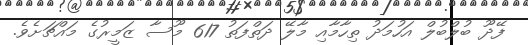
ފޭދޫ ބުލްބުލް އަހުމަދު ތިހާމާއި މާލޭ ދަތްފަތު 617 މޫސާ ޒަމީރުގެ މައްޗަށެވެ.